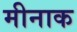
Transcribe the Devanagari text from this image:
मीनाक